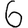
Digit: 6